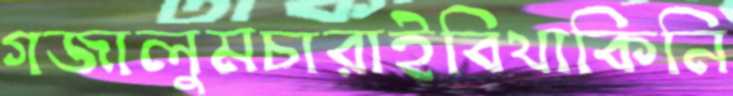
গজালুমচারাইবিথাকিনি